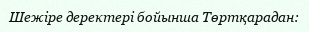
Шежіре деректері бойынша Төртқарадан: